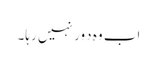
اب وہ دَور نہیں رہا۔